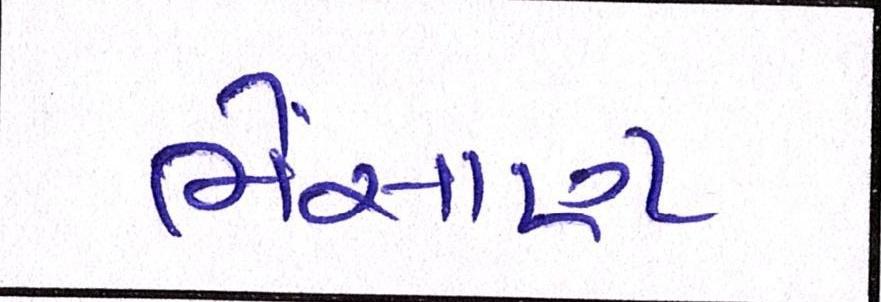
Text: ભેંસાણ